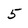
Character: 5